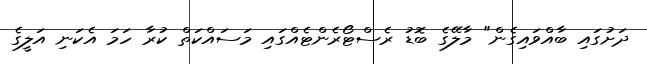
ދަށުގައި ބާއްވައިގެން" މާލޭގެ ބޮޑު ރެސްޓޯރެންޓެއްގައި މަސައްކަތް ކުރާ ހަމަ އެކަނި އަލީގެ